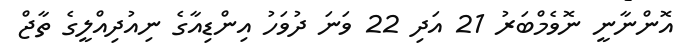
އޮންނާނީ ނޮވެމްބަރު 21 އަދި 22 ވަނަ ދުވަހު އިންޑިއާގެ ނިއުދިއްލީގެ ތާޖް